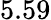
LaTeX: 5.59